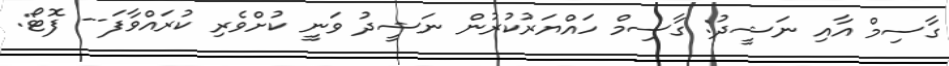
ގާސިމް އާއި ނަޝީދު: ގާސިމް ހައްޔަރުކުރުން ނަޝީދު ވަނީ ކުށްވެރި ކުރައްވާފަ-- ފޮޓޯ: